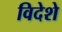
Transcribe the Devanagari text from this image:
विदेशे